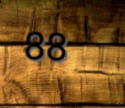
88